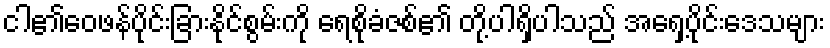
ငါ၏ဝေဖန်ပိုင်းခြားနိုင်စွမ်းကို ရေစိုခံဇစ်၏ တို့ပါရှိပါသည် အရှေ့ပိုင်းဒေသများ